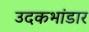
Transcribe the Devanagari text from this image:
उदकभांडार